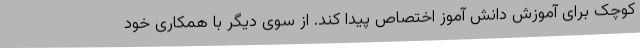
کوچک برای آموزش دانش آموز اختصاص پیدا کند. از سوی دیگر با همکاری خود